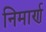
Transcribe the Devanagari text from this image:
निमार्ण